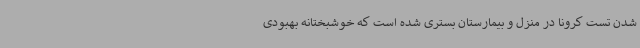
شدن تست کرونا در منزل و بیمارستان بستری شده است که خوشبختانه بهبودی